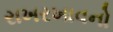
રાખરખાવનો